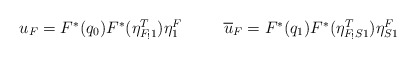
\begin{align*}\begin{array}{lccr} {u_F = F^*(q_0)F^*(\eta^T_{F_!1})\eta^F_1} &&& {\overline{u}_F = F^*(q_1)F^*(\eta^T_{F_!S1})\eta^F_{S1}} \end{array}\end{align*}